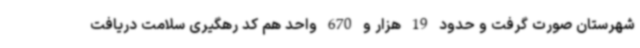
شهرستان صورت گرفت و حدود 19 هزار و 670 واحد هم کد رهگیری سلامت دریافت